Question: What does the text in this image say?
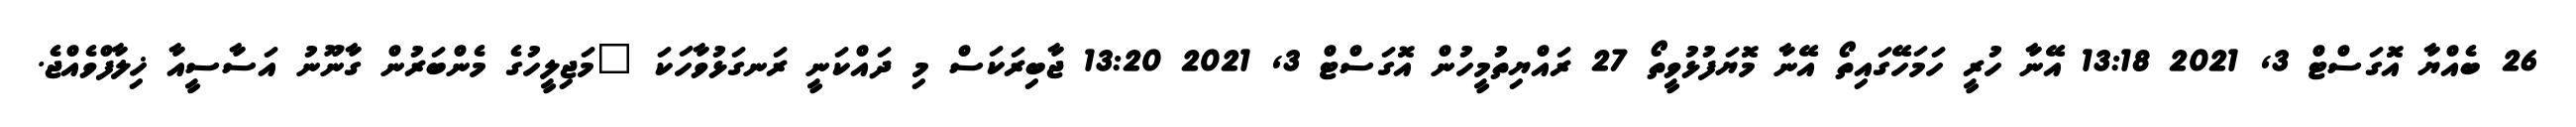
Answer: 26 ބެއްޔާ އޮގަސްޓް 3, 2021 13:18 އޭނާ ހުރީ ހަމަހޭގައިތޯ އޭނާ މޮޔަފުޅުވީތޯ 27 ރައްޔިތުމީހުން އޮގަސްޓް 3, 2021 13:20 ޖާބިރަކަސް މި ދައްކަނީ ރަނގަޅުވާހަކަ "މަޖިލީހުގެ މެންބަރުން ގާނޫނު އަސާސީއާ ޚިލާފްވެއްޖެ.